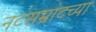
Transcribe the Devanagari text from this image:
नटसम्राटच्या